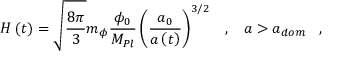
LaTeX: H \left( t \right) = \sqrt { \frac { 8 \pi } { 3 } } m _ { \phi } \frac { \phi _ { 0 } } { M _ { P l } } \left( \frac { a _ { 0 } } { a \left( t \right) } \right) ^ { 3 / 2 } \; \; \; , \; \; \; a > a _ { d o m } \; \; \; ,